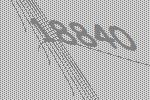
18840